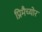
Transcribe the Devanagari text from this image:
प्रिमैच्योर